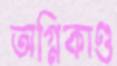
অগ্নিকাণ্ড